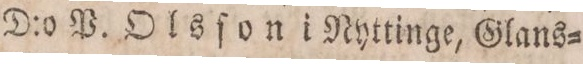
D:o P. Olsſon i Nyttinge, Glans=